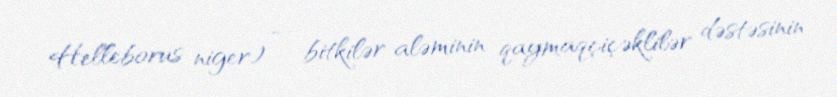
Helleborus niger) — bitkilər aləminin qaymaqçiçəklilər dəstəsinin